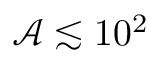
\mathcal { A } \lesssim 1 0 ^ { 2 }